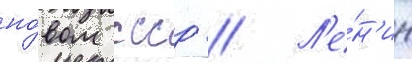
но́вом ссср // Л'е́н'ин